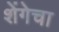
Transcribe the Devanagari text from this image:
शेंगेचा